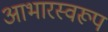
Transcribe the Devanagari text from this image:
आभारस्वरूप